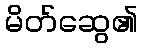
မိတ်ဆွေ၏